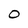
Character: O